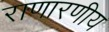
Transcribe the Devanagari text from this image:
राणारणीय